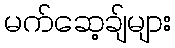
မက်ဆေ့ချ်များ